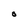
Character: O